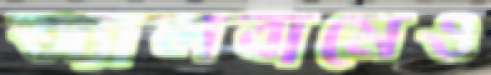
অ্যালবামেও